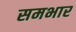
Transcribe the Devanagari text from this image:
समभार